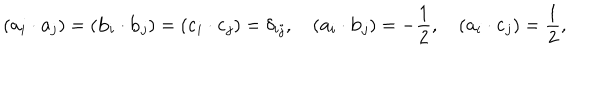
LaTeX: ( { \bf a } _ { i } \cdot { \bf a } _ { j } ) = ( { \bf b } _ { i } \cdot { \bf b } _ { j } ) = ( { \bf c } _ { i } \cdot { \bf c } _ { j } ) = \delta _ { i j } , \quad ( { \bf a } _ { i } \cdot { \bf b } _ { j } ) = - \frac { 1 } { 2 } , \quad ( { \bf a } _ { i } \cdot { \bf c } _ { j } ) = \frac { 1 } { 2 } , \quad